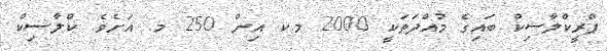
ޕްރީކްލާސިކް ބައިގެ މުއްދަތަކީ 2000 މ.ކ އިން 250 މ. އަށެވެ. ކްލާސިކް